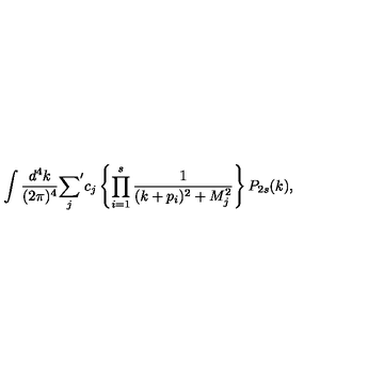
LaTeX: \int { \frac { d ^ { 4 } k } { ( 2 \pi ) ^ { 4 } } } { \sum _ { j } } ^ { \prime } c _ { j } \left\{ \prod _ { i = 1 } ^ { s } { \frac { 1 } { ( k + p _ { i } ) ^ { 2 } + M _ { j } ^ { 2 } } } \right\} P _ { 2 s } ( k ) ,